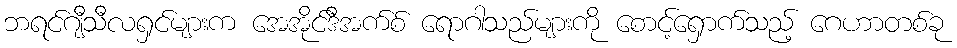
ဘရင်ဂျီသီလရှင်များက အေအိုင်ဒီအက်စ် ရောဂါသည်များကို စောင့်ရှောက်သည့် ဂေဟာတစ်ခု